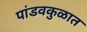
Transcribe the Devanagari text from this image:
पांडवकुळात